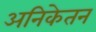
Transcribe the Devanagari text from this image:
अनिकेतन